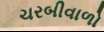
ચરબીવાળો